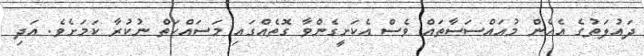
ދައުލަތުގެ އެހެން މުއައްސަސާތައް ވެސް އެކަށީގެންވާ ގޮތެއްގައި މަސައްކަތް ނުކުރާ ކަމަށެވެ. އަދި